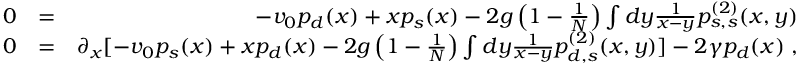
\begin{array} { r l r } { 0 } & { = } & { - v _ { 0 } p _ { d } ( x ) + x p _ { s } ( x ) - 2 g \left( 1 - \frac { 1 } { N } \right) \int d y \frac { 1 } { x - y } p _ { s , s } ^ { ( 2 ) } ( x , y ) } \\ { 0 } & { = } & { \partial _ { x } [ - v _ { 0 } p _ { s } ( x ) + x p _ { d } ( x ) - 2 g \left( 1 - \frac { 1 } { N } \right) \int d y \frac { 1 } { x - y } p _ { d , s } ^ { ( 2 ) } ( x , y ) ] - 2 \gamma p _ { d } ( x ) \; , } \end{array}